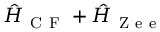
\hat { H } _ { \mathrm { ~ C ~ F ~ } } + \hat { H } _ { \mathrm { ~ Z ~ e ~ e ~ } }